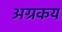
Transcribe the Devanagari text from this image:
अग्रकय